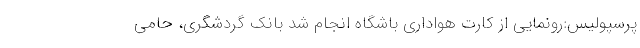
پرسپولیس:رونمایی از کارت هواداری باشگاه انجام شد بانک گردشگری، حامی